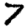
Digit: 7